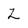
Character: Z